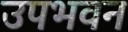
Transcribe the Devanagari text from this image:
उपभवन